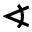
\sphericalangle